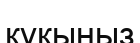
құқыңыз